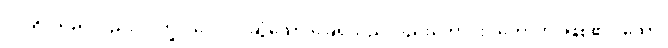
ဝါ၊ ခွင်သည်လည်း။ ပက္ခပါဒေါ ဝါ၊ ဆွံ့သော ခြေရှိသည်လည်းကောင်း။ ဟောတိ၊ ဖြစ်၏။ သော၊